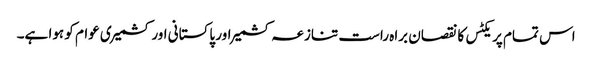
اس تمام پریکٹس کا نقصان براہ راست تنازعہ کشمیر اور پاکستانی اور کشمیری عوام کو ہوا ہے۔